Scientific memoirs by medical officers of the Army of India - Part XI,
Year: 1898
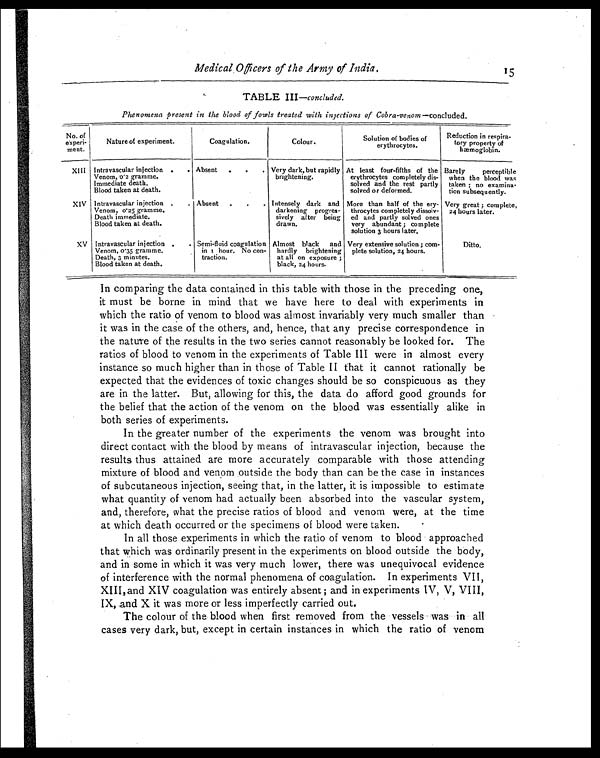
Medical Officers of the Army of India. 15
TABLE III —concluded.
Phenomena present in the blood of fowls treated with injections of Cobra-venom—concluded.
No. of
experi-
ment.
Nature of experiment.
Coagulation.
Colour.
Solution of bodies of
erythrocytes.
Reduction in respira-
tory property of
hæmoglobin.
XIII Intravascular injection .
.
Venom, 0.2 gramme.
Immediate death.
Blood taken at death.
Absent
.
.
Very dark, but rapidly
brightening.
At least four-fifths of the
erythrocytes completely dis-
solved and the rest partly
solved or deformed.
Barely perceptible
when the blood was
taken :n o e x a mi n a -
tion subsequently.
XIV Intravascular injection .
.
Venom, 0.25 gramme.
Death immediate.
Blood taken at death.
Absent
.
. Intensely dark and
darkening progres-
sively after being
drawn.
More than half of the ery-
throcytes completely dissolv-
ed and partly solved ones
veryabundant ; complete
solution 3 hours later.
Very great ; complete,
24 hours later.
XV Intravascular injection .
.
Venom, 0.35 gramme.
Death, 3 minutes.
Blood taken at death.
Semi-fluid coagulation
in 1 hour. No con-
traction.
Almost black and
hardly brightening
at all on exposure ;
black, 24 hours.
Very extensive solution ; corn-
plete solution, 24 hours.
Ditto.
In comparing the data contained in this table with those in the preceding one,
it must be borne in mind that we have here to deal with experiments in
which the ratio of venom to blood was almost invariably very much smaller than
it was in the case of the others, and, hence, that any precise correspondence in
the nature of the results in the two series cannot reasonably be looked for. The
ratios of blood to venom in the experiments of Table III were in almost every
instance so much higher than in those of Table II that it cannot rationally be
expected that the evidences of toxic changes should be so conspicuous as they
are in the latter. But, allowing for this, the data do afford good grounds for
the belief that the action of the venom on the blood was essentially alike in
both series of experiments.
In the greater number of the experiments the venom was brought into
direct contact with the blood by means of intravascular injection, because the
results thus attained are more accurately comparable with those attending
mixture of blood and venom outside the body than can be the case in instances
of subcutaneous injection, seeing that, in the latter, it is impossible to estimate
what quantity of venom had actually been absorbed into the vascular system,
and, therefore, what the precise ratios of blood and venom were, at the time
at which death occurred or the specimens of blood were taken.
In all those experiments in which the ratio of venom to blood approached
that which was ordinarily present in the experiments on blood outside the body,
and in some in which it was very much lower, there was unequivocal evidence
of interference with the normal phenomena of coagulation. In experiments VII,
XIII, and XIV coagulation was entirely absent ; and in experiments IV, V, VIII,
IX, and X it was more or less imperfectly carried out.
The colour of the blood when first removed from the vessels was in all
cases very dark, but, except in certain instances in which the ratio of venom